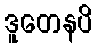
ဒူတေနပိ